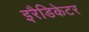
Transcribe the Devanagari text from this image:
इरैडिकेटर